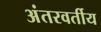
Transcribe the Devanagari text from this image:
अंतरवर्तीय